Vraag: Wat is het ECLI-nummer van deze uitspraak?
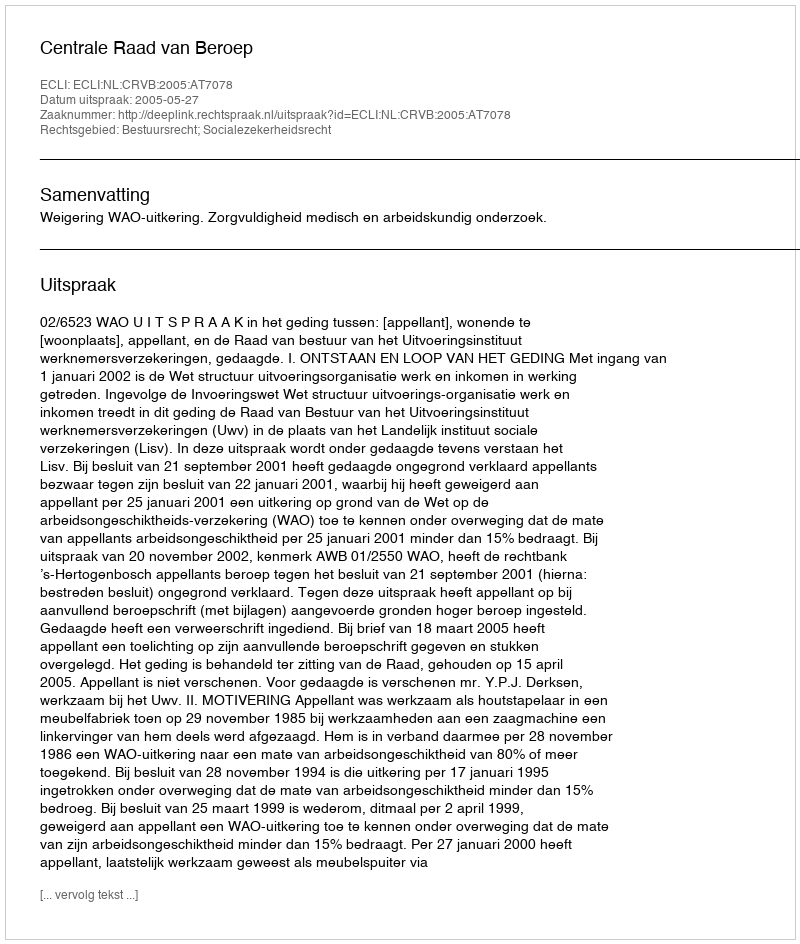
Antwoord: ECLI:NL:CRVB:2005:AT7078